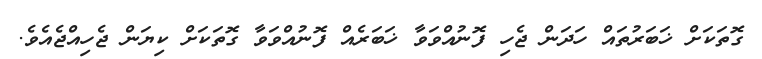
ގޮތަކަށް ޚަބަރުތައް ހަދަން ޖެހި ފޮނުއްވަވާ ޚަބަރެއް ފޮނުއްވަވާ ގޮތަކަށް ކިޔަން ޖެހިއްޖެއެވެ.